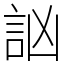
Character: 訩